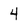
Character: 4